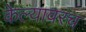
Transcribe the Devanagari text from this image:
केल्यावरच